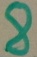
Text: 8